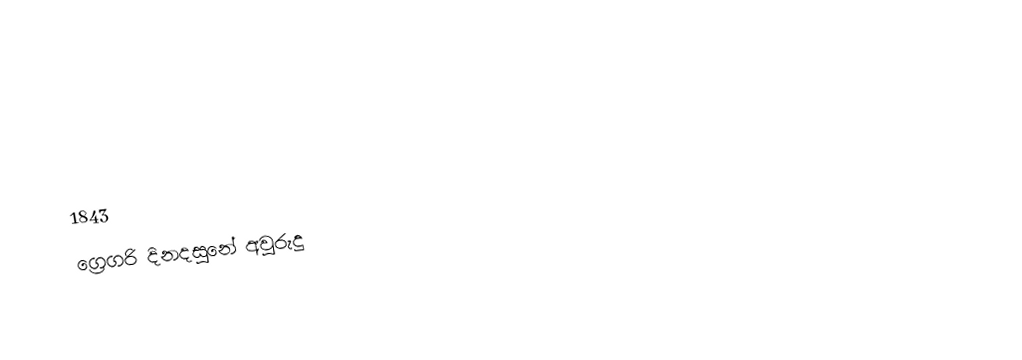

1843
ග්‍රෙගරි දිනදසුනේ අවුරුදු